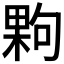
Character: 𭪹